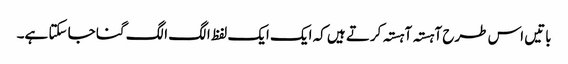
باتیں اس طرح آہستہ آہستہ کرتے ہیں کہ ایک ایک لفظ الگ الگ گنا جا سکتا ہے۔